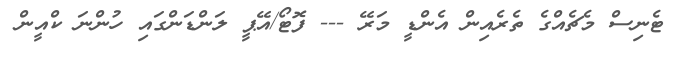
ޓެނިސް މެޗެއްގެ ތެރެއިން އެންޑީ މަރޭ --- ފޮޓޯ/އޭޕީ ލަންޑަންގައި ހުންނަ ކްއީން